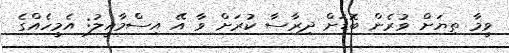
ވީމާ ތިޔަށް ވުރެން ބޮޑަށް ދިރާސާ ކުރަށް ވާ އޭ އިސްމާއީލު: އެމީހެއްގެ